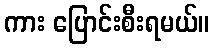
ကား ပြောင်းစီးရမယ်။